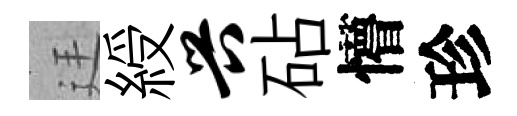
廷綬兴砧懵珍